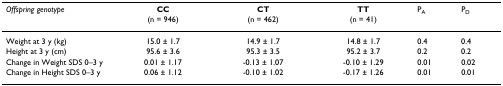
<table><thead><tr><td><b><i>Offspring genotype</i></b></td><td><b>CC</b></td><td><b>CT</b></td><td><b>TT</b></td><td><b>P<sub>A</sub></b></td><td><b>P<sub>D</sub></b></td></tr><tr><td></td><td><b>(n = 946)</b></td><td><b>(n = 462)</b></td><td><b>(n = 41)</b></td><td></td><td></td></tr></thead><tbody><tr><td>Weight at 3 y (kg)</td><td>15.0 ± 1.7</td><td>14.9 ± 1.7</td><td>14.8 ± 1.7</td><td>0.4</td><td>0.4</td></tr><tr><td>Height at 3 y (cm)</td><td>95.6 ± 3.6</td><td>95.3 ± 3.5</td><td>95.2 ± 3.7</td><td>0.2</td><td>0.2</td></tr><tr><td>Change in Weight SDS 0–3 y</td><td>0.01 ± 1.17</td><td>-0.13 ± 1.07</td><td>-0.10 ± 1.29</td><td>0.01</td><td>0.02</td></tr><tr><td>Change in Height SDS 0–3 y</td><td>0.06 ± 1.12</td><td>-0.10 ± 1.02</td><td>-0.17 ± 1.26</td><td>0.01</td><td>0.01</td></tr></tbody></table>